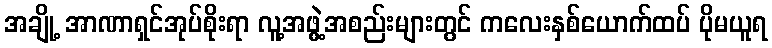
အချို့ အာဏာရှင်အုပ်စိုးရာ လူ့အဖွဲ့အစည်းများတွင် ကလေးနှစ်ယောက်ထပ် ပိုမယူရ